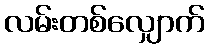
လမ်းတစ်လျှောက်